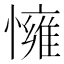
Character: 𢢓